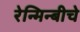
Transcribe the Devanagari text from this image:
रेन्मिन्बीचे